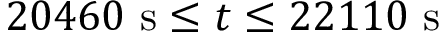
2 0 4 6 0 \ \mathrm { s } \leq t \leq 2 2 1 1 0 \ \mathrm { s }